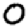
Digit: 0